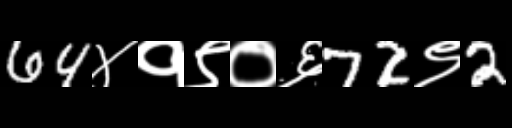
Text: 64४१९०६72९2